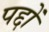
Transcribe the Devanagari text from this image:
पद्दों